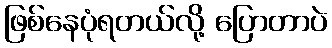
ဖြစ်နေပုံရတယ်လို့ ပြောတာပဲ